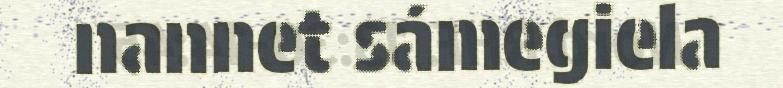
nannet sámegiela